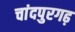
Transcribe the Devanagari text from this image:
चांदपुरगढ़